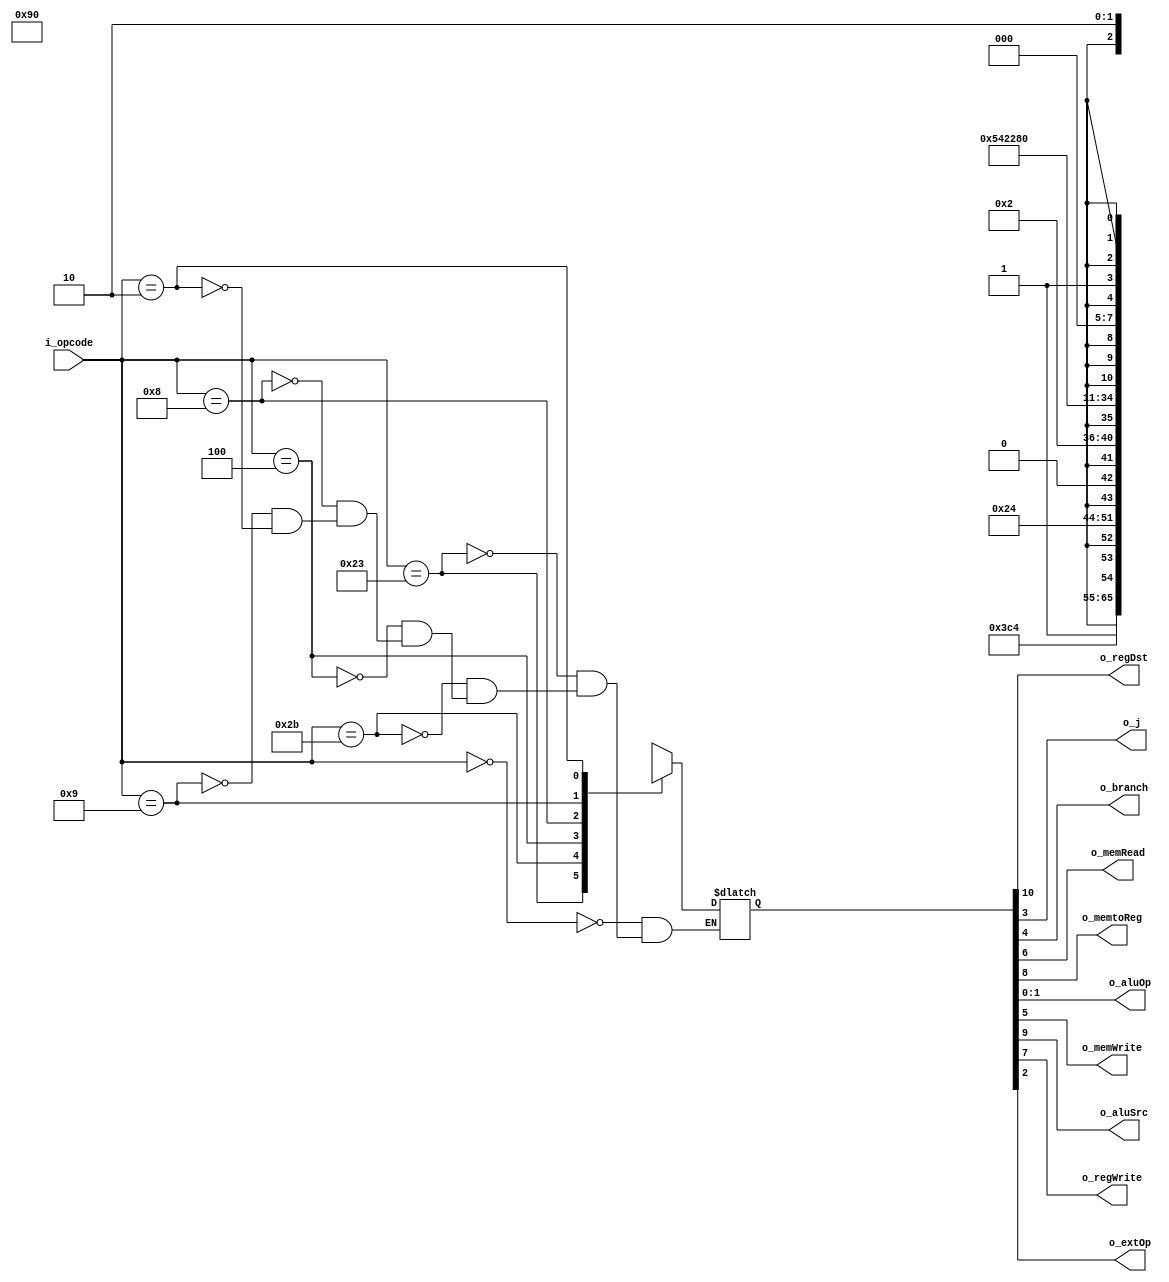
module control(
	input [5:0]  i_opcode,
	output  o_regDst,
	output  o_j,
	output  o_branch,
	output  o_memRead,
	output  o_memtoReg,
	output [1:0] o_aluOp,
	output  o_memWrite,
	output  o_aluSrc,
	output  o_regWrite,
	output o_extOp
	);
               
reg [10:0] o_reg;

assign o_regDst 	= o_reg [10];
assign o_aluSrc		= o_reg [9];
assign o_memtoReg 	= o_reg [8];
assign o_regWrite	= o_reg [7];
assign o_memRead	= o_reg [6];
assign o_memWrite	= o_reg [5];
assign o_branch 	= o_reg [4];
assign o_j 			= o_reg [3];
assign o_extOp		= o_reg [2];
assign o_aluOp[1] 	= o_reg [1];
assign o_aluOp[0] 	= o_reg [0];


parameter [5:0] R 		= 6'b0;
parameter [5:0] lw 		= 6'b100011;
parameter [5:0] sw 		= 6'b101011;
parameter [5:0] beq 	= 6'b000100;
parameter [5:0] j 		= 6'b000010;
parameter [5:0] addi	= 6'b001000;
parameter [5:0] addiu	= 6'b001001;


always @(*)
	begin
		case(i_opcode)
		R:o_reg <= 11'b1001_0000_x10;
		lw:o_reg <= 11'b0111_1000_100;
		sw:o_reg <= 11'bx1x0_0100_100;
		beq:o_reg <= 11'bx0x0_0010_x01;
		addi:o_reg <= 11'b0101_0000_100;
		addiu:o_reg <= 11'b0101_0000_000;
		j:o_reg <= 11'bxxx0_00x1_xxx;
		endcase
	end
  
endmodule